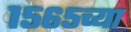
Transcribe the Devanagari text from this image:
१५६५च्या